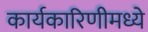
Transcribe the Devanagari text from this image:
कार्यकारिणीमध्ये